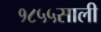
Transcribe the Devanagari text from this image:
१८५५साली